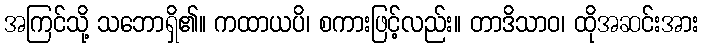
အကြင်သို့ သဘောရှိ၏။ ကထာယပိ၊ စကားဖြင့်လည်း။ တာဒိသာဝ၊ ထိုအဆင်းအား